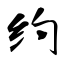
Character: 约